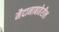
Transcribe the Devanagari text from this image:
मैदानाबाहेरील